system: You are a helpful assistant.
user:
Analyze the provided spectrum to determine if it is a **"Cataclysmic Variables (CV)"**.

- **Key Indicators for CV (Check for either state):**
    - **State 1: Quiescent / Low-State (Emission-Dominated)**
        - **(Primary):** Strong and *very broad* Hydrogen Balmer emission lines (e.g., $H\alpha$ at 6563 Å, $H\beta$ at 4861 Å). The 'broadness' (high velocity dispersion, often FWHM > 1000 km/s) is the key diagnostic, indicating a high-velocity accretion disk.
        - **(Secondary):** Broad neutral Helium (He I) emission lines (e.g., 5876 Å, 6678 Å).
        - **(Key Confirmation):** Presence of high-excitation *ionized* Helium (He II) emission at 4686 Å. This is a strong indicator of accretion onto a white dwarf.
        - **(Line Profile):** Emission lines may exhibit a 'double-peaked' profile, which is a classic signature of a rotating accretion disk viewed at high inclination.

    - **State 2: Outburst / High-State (Absorption-Dominated)**
        - **(Primary):** Spectrum is dominated by a bright, blue continuum (looks like a hot star).
        - **(Secondary):** The emission lines from State 1 are weak, absent, or 'filled in', and are replaced by broad, shallow *absorption* lines (primarily Balmer and He I).
        - **(Morphology):** The overall spectrum mimics a hot B/A-type star. The crucial difference is that the absorption lines are significantly broader, shallower, and more 'washed-out' (or 'smeared') than the sharp lines of a normal stellar photosphere, due to high rotational speeds and pressure broadening in the disk.

Think first, call **spectral_visualization_tool** if needed to examine features in detail, then provide your final answer. Your response must adhere to the following strict rules:
1.  **Overall Structure:** Your response must follow the format `<think>...</think> <tool_call>...</tool_call> (if a tool is used) <answer>...</answer>`.
2.  **Tool Usage Constraint:** You may only make **one** tool call per turn.
3.  **Final Answer Format:** In the `<answer>` tag, your conclusion must be inside a `\boxed{}` command (e.g., `\boxed{YES}`), followed by your justification.

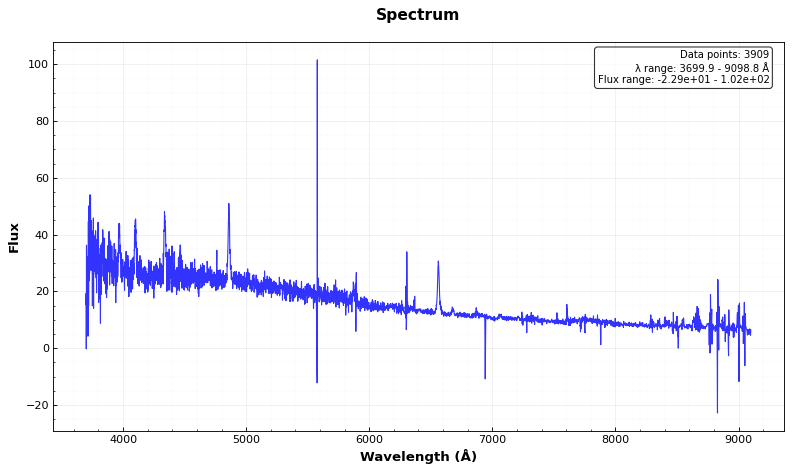
Answer: YES